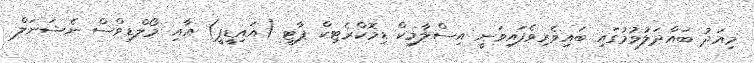
މިއަދު ބައްދަލުވުމުގައި ބައިވެރިވެފައިވަނީ އިސްލާމިކް ޑިމޮކްރެޓިކް ޕާޓީ (އައިޑީޕީ) އާއި މޯލްޑިވްސް ނެޝަނަލް